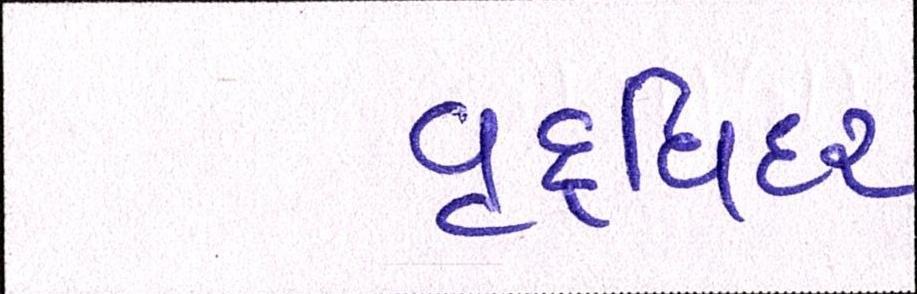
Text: વૃદ્ધિદર